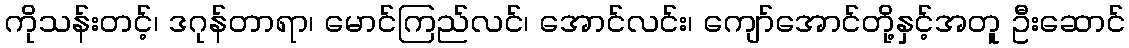
ကိုသန်းတင့်၊ ဒဂုန်တာရာ၊ မောင်ကြည်လင်၊ အောင်လင်း၊ ကျော်အောင်တို့နှင့်အတူ ဦးဆောင်